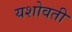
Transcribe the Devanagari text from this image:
यशोवती